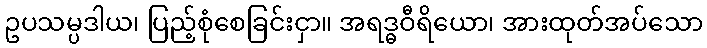
ဥပသမ္ပဒါယ၊ ပြည့်စုံစေခြင်းငှာ။ အရဒ္ဓဝီရိယော၊ အားထုတ်အပ်သော